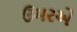
ઉમરએ